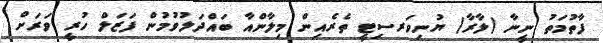
ފާތުމަތު ނީނާ (ލާރާ) ޔުނިވަރސިޓީ ތެރެއިން މިލާންއާ ބައްދަލުވުމުން ފަޒަލް ހުރީ ވަރަށް